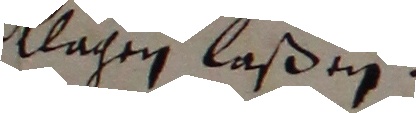
klagen laßen.